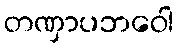
တဏှာပဘဝေါ